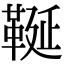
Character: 䩥